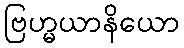
ဗြဟ္မယာနိယော